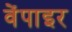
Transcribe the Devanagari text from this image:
वेंपाइर